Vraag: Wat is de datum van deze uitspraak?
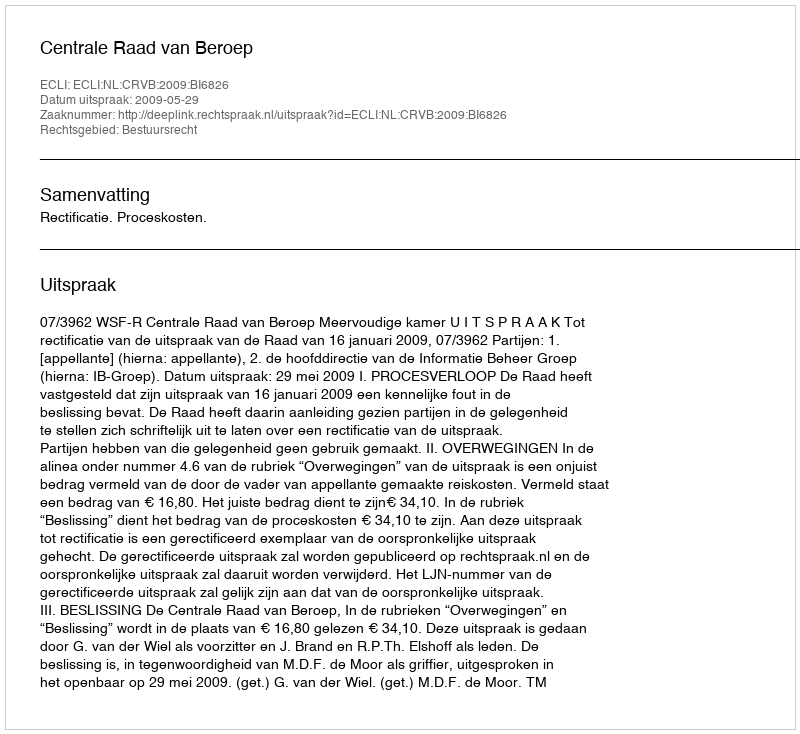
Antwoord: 2009-05-29